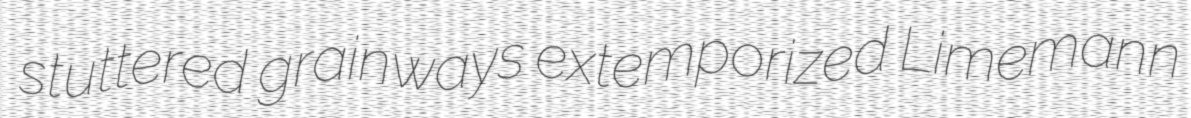
stuttered grainways extemporized Limemann